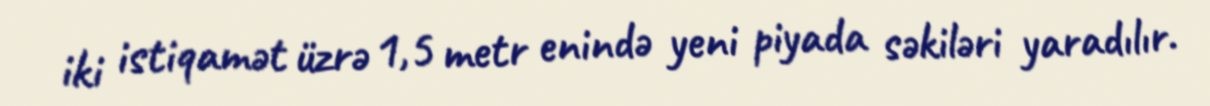
iki istiqamət üzrə 1,5 metr enində yeni piyada səkiləri yaradılır.